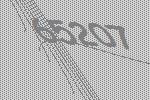
65207